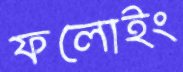
ফলোইং